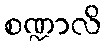
စဏ္ဍာလိ